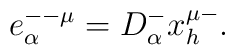
e^{--\mu}_\alpha= D^-_\alpha x^{\mu -}_h .